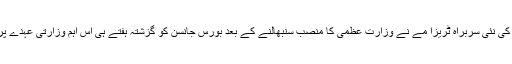
کنزرویٹو پارٹی کی نئی سربراہ ٹریزا مے نے وزارت عظمی کا منصب سنبھالنے کے بعد بورس جانسن کو گزشتہ ہفتے ہی اس اہم وزارتی عہدے پر تعینات کیا تھا۔